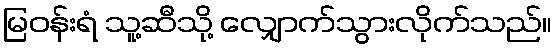
မြဝန်းရံ သူ့ဆီသို့ လျှောက်သွားလိုက်သည်။